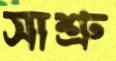
সাশ্রু